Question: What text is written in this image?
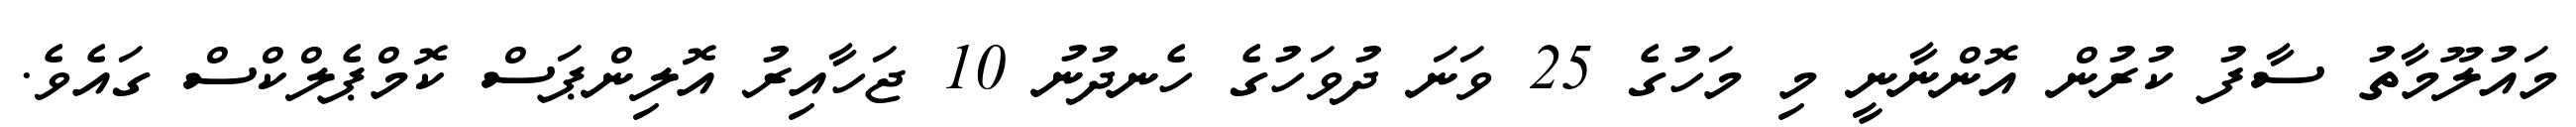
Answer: މައުލޫމާތު ސާފު ކުރުން އޮންނާނީ މި މަހުގެ 25 ވަނަ ދުވަހުގެ ހެނދުނު 10 ޖަހާއިރު އޮލިންޕަސް ކޮމްޕެލްކްސް ގައެވެ.